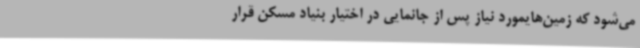
می‌شود که زمین‌هایمورد نیاز پس از جانمایی در اختیار بنیاد مسکن قرار